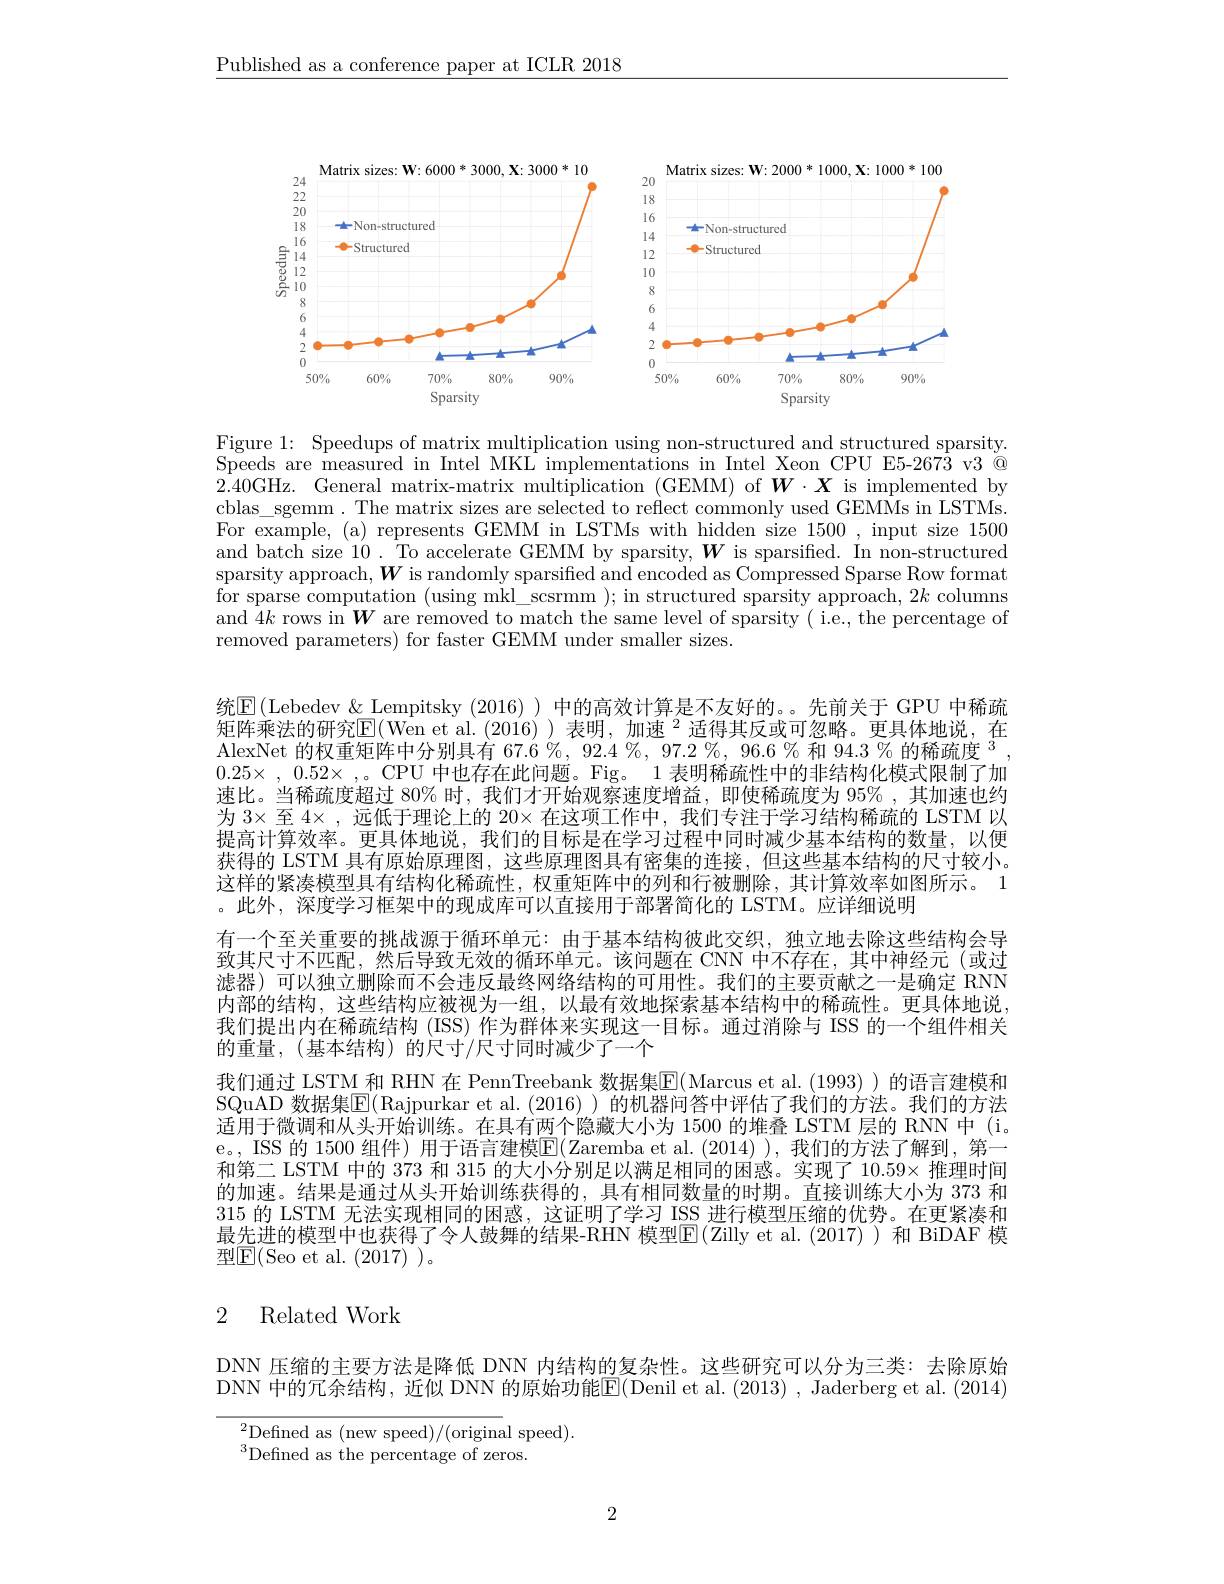
$\underline{\text{Published as a conference paper at ICLR 2018}}$

<FigureHere>

Figure 1: Speedups of matrix multiplication using non-structured and structured sparsity. Speeds are measured in Intel MKL implementations in Intel Xeon CPU E5-2673 v3 @ 2.40GHz. General matrix-matrix multiplication (GEMM) of $\boldsymbol{W}\cdot\boldsymbol{X}$ is implemented by cblas\_sgemm. The matrix sizes are selected to reflect commonly used GEMMs in LSTMs. For example, (a) represents GEMM in LSTMs with hidden size 1500, input size 1500 and batch size 10. To accelerate GEMM by sparsity,$\boldsymbol{W}$ is sparsified. In non-structured sparsity approach,$\boldsymbol W$ is randomly sparsified and encoded as Compressed Sparse Row format for sparse computation (using mkl\_scsrmm );in structured sparsity approach, $2k$ columns and $4k$ rows in $\boldsymbol W$ are removed to match the same level of sparsity( i.e., the percentage of removed parameters) for faster GEMM under smaller sizes.

统$\mathbb{E}($Lebedev& Lempitsky (2016)) 中的高效计算是不友好的。。先前关于 GPU 中稀疏矩阵乘法的研究$\operatorname{E}($Wen et al.(2016) )表明，加速 $^2$ 适得其反或可忽略。更具体地说，在AlexNet 的权重矩阵中分别具有 67.6 %, 92.4 %, 97.2 %, 96.6 % 和 94.3 % 的稀疏度$^{3}$ $0. 25\times$ , $0. 52\times$ ,。CPU 中也存在此问题。Fig。1 表明稀疏性中的非结构化模式限制了加速比。当稀疏度超过 80% 时，我们才开始观察速度增益，即使稀疏度为 95% ,其加速也约为$3\times$至 4×,远低于理论上的 20× 在这项工作中，我们专注于学习结构稀疏的 LSTM 以提高计算效率。更具体地说，我们的目标是在学习过程中同时减少基本结构的数量，以便获得的 LSTM 具有原始原理图，这些原理图具有密集的连接，但这些基本结构的尺寸较小。这样的紧凑模型具有结构化稀疏性，权重矩阵中的列和行被删除，其计算效率如图所示。1 。此外，深度学习框架中的现成库可以直接用于部署简化的 LSTM。应详细说明
有一个至关重要的挑战源于循环单元：由于基本结构彼此交织，独立地去除这些结构会导致其尺寸不匹配，然后导致无效的循环单元。该问题在 CNN 中不存在，其中神经元(或过滤器)可以独立删除而不会违反最终网络结构的可用性。我们的主要贡献之一是确定 RNN 内部的结构，这些结构应被视为一组，以最有效地探索基本结构中的稀疏性。更具体地说， 我们提出内在稀疏结构 (ISS) 作为群体来实现这一目标。通过消除与 ISS 的一个组件相关的重量，(基本结构)的尺寸/尺寸同时减少了一个
我们通过 LSTM 和 RHN 在 PennTreebank 数据集[E]( Marcus et al. (1993) ) 的语言建模和SQuAD 数据集$\overline{\mathbb{E}}($Rajpurkar et al.(2016))的机器问答中评估了我们的方法。我们的方法适用于微调和从头开始训练。在具有两个隐藏大小为 1500 的堆叠 LSTM 层的 RNN 中(i. e。, ISS 的 1500 组件) 用于语言建模$\overline{\mathrm{E}}($Zaremba et al.(2014) ), 我们的方法了解到，第一和第二 LSTM 中的 373 和 315 的大小分别足以满足相同的困惑。实现了$10.59\times$推理时间的加速。结果是通过从头开始训练获得的，具有相同数量的时期。直接训练大小为 373 和315 的 LSTM 无法实现相同的困惑，这证明了学习 ISS 进行模型压缩的优势。在更紧凑和最先进的模型中也获得了令人鼓舞的结果-RHN 模型$\boxed{\mathrm{E}}($Zilly et al.(2017))和 BiDAF 模型$\mathbb{E}($Seo et al.(2017))。

# 2 Related Work

DNN 压缩的主要方法是降低 DNN 内结构的复杂性。这些研究可以分为三类：去除原始DNN 中的冗余结构，近似 DNN 的原始功能E(Denil et al. (2013) , Jaderberg et al. ( 2014)
${}^{2}$Defined as (new speed)/(original speed).
$^{3}$Defined as the percentage of zeros.

2